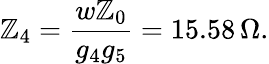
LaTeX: \mathbb{Z}_{4}=\frac{{w\mathbb{Z}_{0}}}{{g_{4}g_{5}}}=15.58\, \Omega.